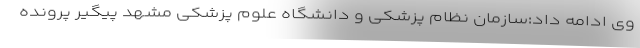
وی ادامه داد:سازمان نظام پزشکی و دانشگاه علوم پزشکی مشهد پیگیر پرونده